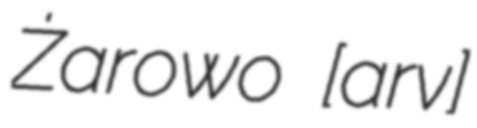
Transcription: Żarowo [ʐaˈrɔvɔ]